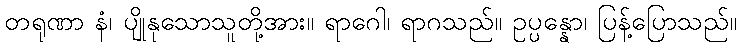
တရုဏာ နံ၊ ပျိုနုသောသူတို့အား။ ရာဂေါ၊ ရာဂသည်။ ဥပ္ပန္နော၊ ပြန့်ပြောသည်။